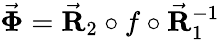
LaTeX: \vec{\mathbf\Phi}=\vec{\mathbf R}_{2}\circ f\circ\vec{\mathbf R}_{1}^{-1}